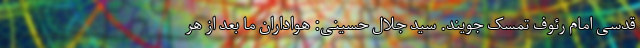
قدسی امام رئوف تمسک جویند. سید جلال حسینی: هواداران ما بعد از هر